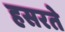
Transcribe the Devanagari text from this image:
हसरते